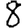
Digit: 8